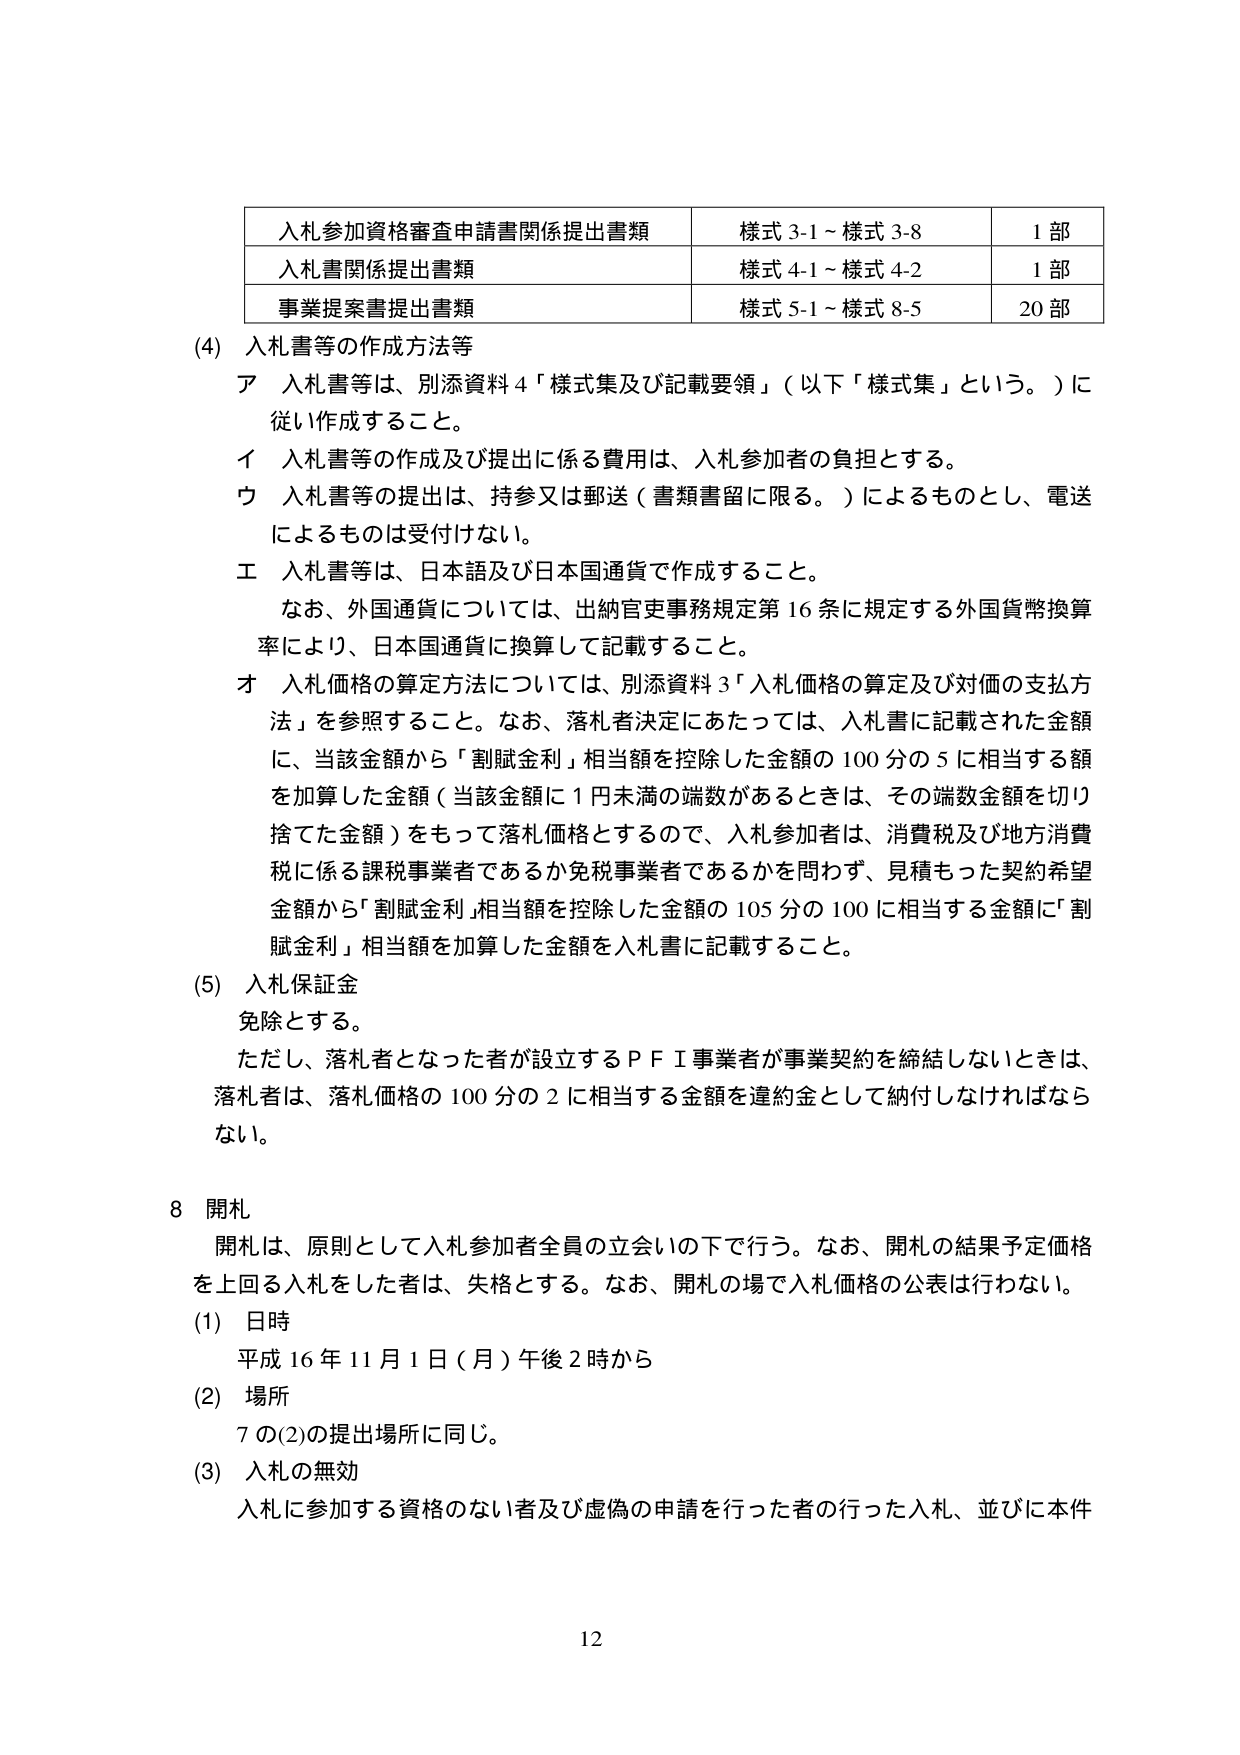
入札参加資格審査申請書関係提出書類　様式 3-1～様式 3-8　1 部
入札書関係提出書類　様式 4-1～様式 4-2　1 部
事業提案書提出書類　様式 5-1～様式 8-5　20 部

(4) 入札書等の作成方法等
ア 入札書等は、別添資料 4「様式集及び記載要領」（以下「様式集」という。）に従い作成すること。
イ 入札書等の作成及び提出に係る費用は、入札参加者の負担とする。
ウ 入札書等の提出は、持参又は郵送（書類書留に限る。）によるものとし、電送によるものは受付けない。
エ 入札書等は、日本語及び日本国通貨で作成すること。
　　なお、外国通貨については、出納官吏事務規定第 16 条に規定する外国貨幣換算率により、日本国通貨に換算して記載すること。
オ 入札価格の算定方法については、別添資料 3「入札価格の算定及び対価の支払方法」を参照すること。なお、落札者決定にあたっては、入札書に記載された金額に、当該金額から「割賦金利」相当額を控除した金額の 100 分の 5 に相当する額を加算した金額（当該金額に 1 円未満の端数があるときは、その端数金額を切り捨てた金額）をもって落札価格とするので、入札参加者は、消費税及び地方消費税に係る課税事業者であるか免税事業者であるかを問わず、見積もりた契約希望金額から「割賦金利」相当額を控除した金額の 105 分の 100 に相当する金額に「割賦金利」相当額を加算した金額を入札書に記載すること。

(5) 入札保証金
　　免除とする。
　　ただし、落札者となった者が設立するＰＦＩ事業者が事業契約を締結しないときは、落札者は、落札価格の 100 分の 2 に相当する金額を違約金として納付しなければならない。

8 開札
　　開札は、原則として入札参加者全員の立会いの下で行う。なお、開札の結果予定価格を上回る入札をした者は、失格とする。なお、開札の場で入札価格の公表は行わない。
(1) 日時
　　平成 16 年 11 月 1 日（月）午後 2 時から
(2) 場所
　　7 の(2)の提出場所に同じ。
(3) 入札の無効
　　入札に参加する資格のない者及び虚偽の申請を行った者の行った入札、並びに本件

12